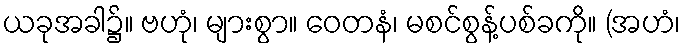
ယခုအခါ၌။ ဗဟုံ၊ များစွာ။ ဝေတနံ၊ မစင်စွန့်ပစ်ခကို။ (အဟံ၊